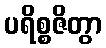
ပရိစ္စဇိတွာ